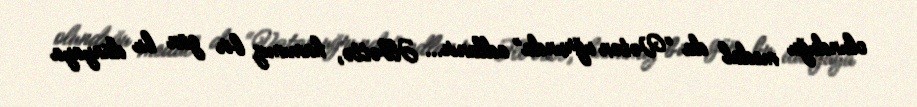
olunduğu medal da “Vətən uğrunda” adlanır... Əlbəttə, hamımız bir gün bu dünyaya